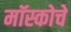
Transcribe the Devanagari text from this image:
मॉस्कोचे